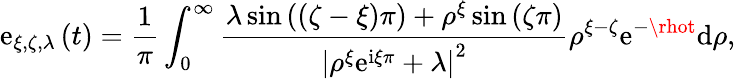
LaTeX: \mathrm{e}_{\xi,\zeta,\lambda}\left(t\right)=\frac{{1}}{{\pi}}\int_{0}^{\infty}\frac{{\lambda\sin\left(\left(\zeta-\xi\right)\pi\right)+\rho^{\xi}\sin\left(\zeta\pi\right)}}{{\left\vert\rho^{\xi}\mathrm{{\mathrm{e}}}^{\mathrm{{i}}\xi\pi}+\lambda\right\vert^{2}}}\rho^{\xi-\zeta}\mathrm{{\mathrm{e}}}^{-\rhot}\mathrm{{d}}\rho,